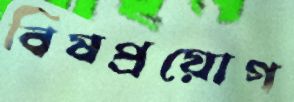
বিষপ্রয়োগ